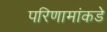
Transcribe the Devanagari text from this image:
परिणामांकडे